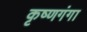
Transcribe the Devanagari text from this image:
कृष्णगंगा